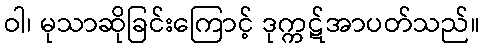
ဝါ၊ မုသာဆိုခြင်းကြောင့် ဒုက္ကဋ်အာပတ်သည်။